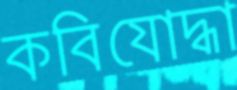
কবিযোদ্ধা